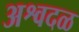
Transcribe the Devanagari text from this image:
अश्वदळ